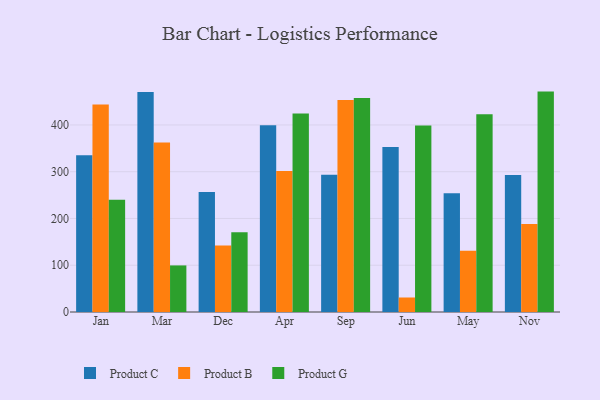
{"axis": {"x": "Month", "y": "Inventory Turnover"}, "legend": ["Product B", "Product C", "Product G"], "data": [{"x": "Jan", "y": 335.4, "type": "Product C"}, {"x": "Jan", "y": 443.6, "type": "Product B"}, {"x": "Jan", "y": 240.3, "type": "Product G"}, {"x": "Mar", "y": 470.5, "type": "Product C"}, {"x": "Mar", "y": 362.2, "type": "Product B"}, {"x": "Mar", "y": 99.6, "type": "Product G"}, {"x": "Dec", "y": 256.4, "type": "Product C"}, {"x": "Dec", "y": 142.2, "type": "Product B"}, {"x": "Dec", "y": 170.8, "type": "Product G"}, {"x": "Apr", "y": 399.3, "type": "Product C"}, {"x": "Apr", "y": 301.5, "type": "Product B"}, {"x": "Apr", "y": 424.7, "type": "Product G"}, {"x": "Sep", "y": 293.6, "type": "Product C"}, {"x": "Sep", "y": 453.1, "type": "Product B"}, {"x": "Sep", "y": 457.4, "type": "Product G"}, {"x": "Jun", "y": 352.6, "type": "Product C"}, {"x": "Jun", "y": 31.0, "type": "Product B"}, {"x": "Jun", "y": 399.0, "type": "Product G"}, {"x": "May", "y": 253.7, "type": "Product C"}, {"x": "May", "y": 131.0, "type": "Product B"}, {"x": "May", "y": 422.9, "type": "Product G"}, {"x": "Nov", "y": 292.7, "type": "Product C"}, {"x": "Nov", "y": 188.1, "type": "Product B"}, {"x": "Nov", "y": 471.3, "type": "Product G"}]}